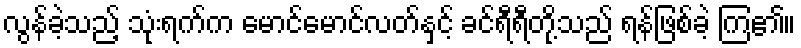
လွန်ခဲ့သည့် သုံးရက်က မောင်မောင်လတ်နှင့် ခင်ရီရီတို့သည် ရန်ဖြစ်ခဲ့ ကြ၏။